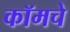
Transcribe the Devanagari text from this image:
कॉमचे